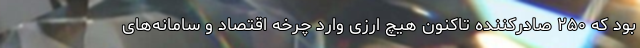
بود که ۲۵۰ صادرکننده تاکنون هیچ ارزی وارد چرخه اقتصاد و سامانه‌های